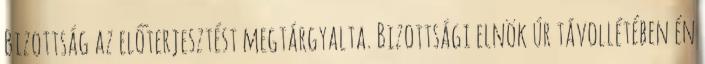
Bizottság az előterjesztést megtárgyalta. Bizottsági elnök úr távollétében én